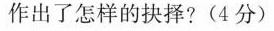
作出了怎样的抉择?(4分)